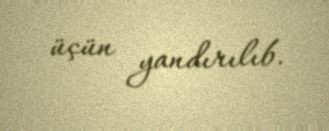
üçün yandırılıb.